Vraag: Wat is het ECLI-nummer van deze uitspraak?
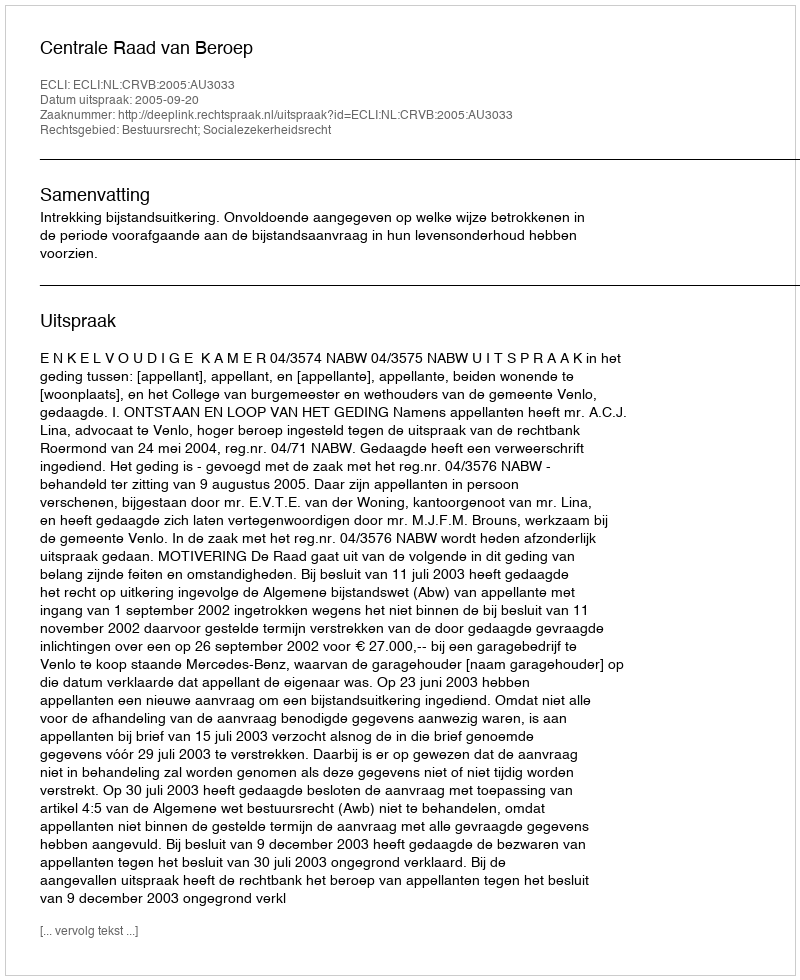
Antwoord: ECLI:NL:CRVB:2005:AU3033